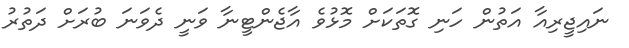
ނައިޖީރިއާ އަތުން ހަނި ގޮތަކަށް މޮޅުވެ އާޖެންޓީނާ ވަނީ ދެވަނަ ބުރަށް ދަތުރު